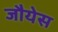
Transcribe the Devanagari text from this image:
जौयेस